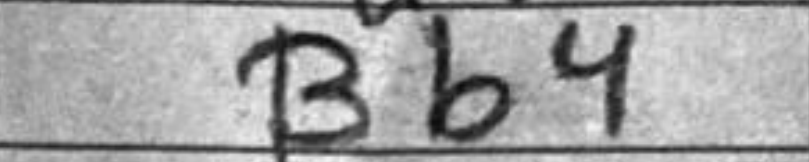
Transcription: Bb4